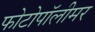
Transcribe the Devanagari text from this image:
फोटोपॉलीमर